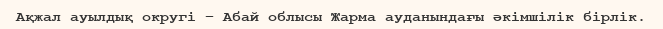
Ақжал ауылдық округі – Абай облысы Жарма ауданындағы әкімшілік бірлік.